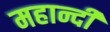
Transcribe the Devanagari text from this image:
महान्दी